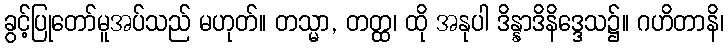
ခွင့်ပြုတော်မူအပ်သည် မဟုတ်။ တသ္မာ, တတ္ထ၊ ထို အနုပါ ဒိန္နာဒိနိဒ္ဒေသ၌။ ဂဟိတာနိ၊